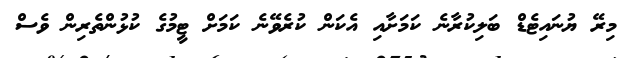
މިރޭ ޔުނައިޓެޑް ބަލިކުރާނެ ކަމަށާއި އެކަން ކުރެވޭނެ ކަމަށް ޓީމުގެ ކުޅުންތެރިން ވެސް